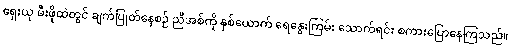
ရှေးယု မီးဖိုထဲတွင် ချက်ပြုတ်နေစဉ် ညီအစ်ကို နှစ်ယောက် ရေနွေးကြမ်း သောက်ရင်း စကားပြောနေကြသည်။